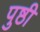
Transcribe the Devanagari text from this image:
पुष्ठी